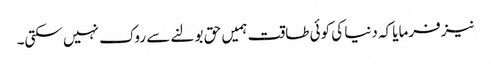
نیز فرمایا کہ دنیا کی کوئی طاقت ہمیں حق بولنے سے روک نہیں سکتی۔